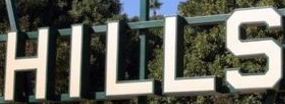
HILLS